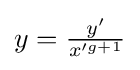
{\textstyle y={\frac {y'}{x'^{g+1}}}}